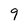
Character: 9